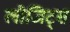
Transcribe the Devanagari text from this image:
लौजिट्स